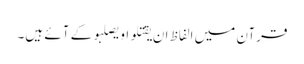
قرآن میں الفاظ ان یقتلو او یصلبو کے آئے ہیں۔